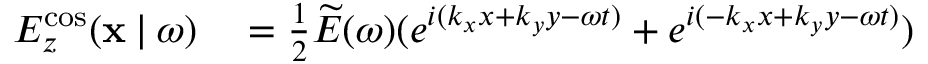
\begin{array} { r l } { E _ { z } ^ { \mathrm { c o s } } ( \mathbf { x } \: | \: \omega ) } & { { } = \frac { 1 } { 2 } \widetilde { E } ( \omega ) ( e ^ { i ( k _ { x } x + k _ { y } y - \omega t ) } + e ^ { i ( - k _ { x } x + k _ { y } y - \omega t ) } ) } \end{array}